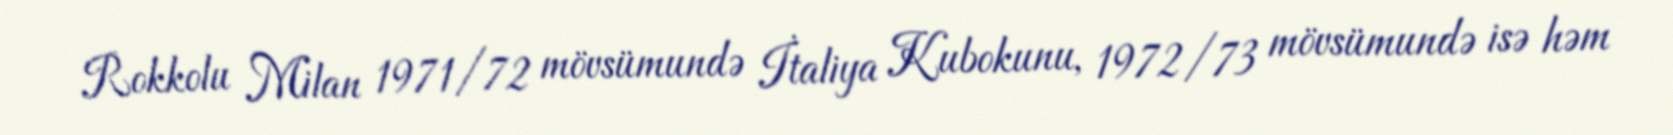
Rokkolu Milan 1971/72 mövsümundə İtaliya Kubokunu, 1972/73 mövsümundə isə həm